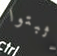
اثبتوا